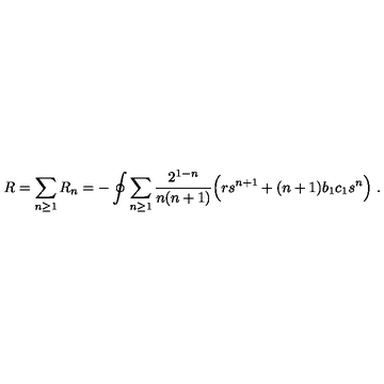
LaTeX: R = \sum _ { n \ge 1 } R _ { n } = - \oint \sum _ { n \ge 1 } { \frac { 2 ^ { 1 - n } } { n ( n + 1 ) } } \Big ( r s ^ { n + 1 } + ( n + 1 ) b _ { 1 } c _ { 1 } s ^ { n } \Big ) \ .